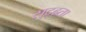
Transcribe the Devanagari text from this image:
सुद्र्ढ्ता